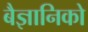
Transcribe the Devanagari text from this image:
बैज्ञानिको